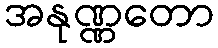
အနုဏ္ဏတော